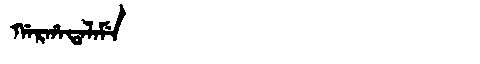
Manchu: ᡤᠠᡵᡥᠠᡨᠠᠯᠠᠮᡝ
Romanization: GARHATALAME